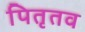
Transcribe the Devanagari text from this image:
पितृतव